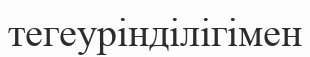
тегеурінділігімен